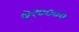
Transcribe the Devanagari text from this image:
७२००००